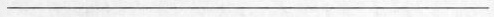
___